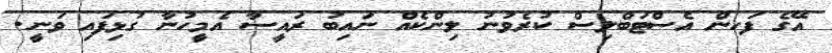
އޭގެ ފަހން އެސްޓަބްލިސް ކުރެވުނު ލިންކެއް ނައިބު ރައީސާ އެމީހުނާ ގުޅިފައި ވަނީ.